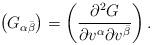
LaTeX: \begin{align*}\left(G_{\alpha\bar{\beta}}\right) = \left(\frac{\partial^2G}{\partial v^{\alpha} \partial v^{\bar{\beta}}}\right).\end{align*}